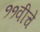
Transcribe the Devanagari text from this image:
११वीचे